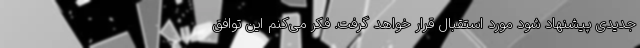
جدیدی پیشنهاد شود مورد استقبال قرار خواهد گرفت. فکر می‌کنم این توافق